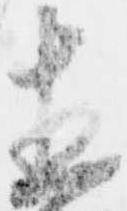
直